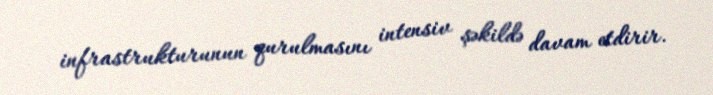
infrastrukturunun qurulmasını intensiv şəkildə davam etdirir.